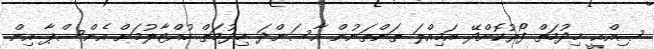
ޞިއްޙީ ޚިދުމަތް ފޯރުކޮށްދޭ އަމިއްލަ ތަންތަނުން އާސަންދަ ޚިދުމަތް ހުއްޓާލުމަށް އެންސްޕާ އިން